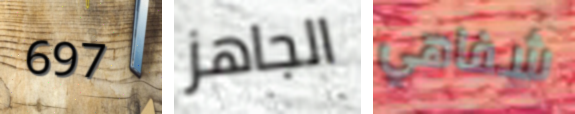
697 الجاهز شفاهي